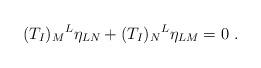
LaTeX: \begin{align*}(T_I)_M{}^L \eta_{LN} + (T_I)_N{}^L \eta_{LM} = 0~.\end{align*}